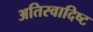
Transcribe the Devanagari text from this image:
अतिस्‍वादिष्‍ट